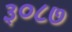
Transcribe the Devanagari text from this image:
३०८७